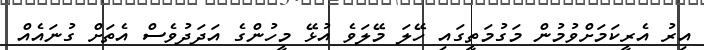
އިރު އެރީކަމަށްވުމުން މަގުމަތީގައި ހޭލަ މޭލަވެ އުޅޭ މީހުންގެ އަދަދުވެސް އެތަށް ގުނައެއް